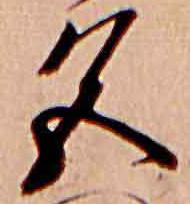
色